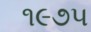
૧૯૭૫